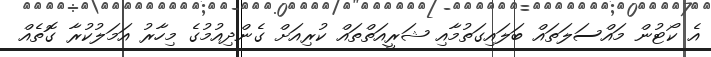
އެ ކޯޓުން މައްސަލަތައް ބަލައިގަތުމާއި ޝަރީއަތްތައް ކުރިއަށް ގެންދިއުމުގެ މިހާރު އަމަލުކުރާ ގޮތެއް